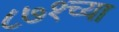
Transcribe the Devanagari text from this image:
८७१च्या